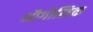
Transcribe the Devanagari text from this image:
भौगोलिक